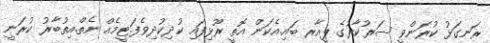
ރަނގަޅު ކުރަންވީ ސަރުކާރުގެ ޕީއާރ ބައިި.އެކަން އޮތީ ރޫޅިފައި ކުދިކުދިވެފަ.ޓީމެއް ނެތް.އިތުބާރު ކުރަނީ